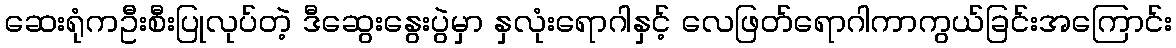
ဆေးရုံကဦးစီးပြုလုပ်တဲ့ ဒီဆွေးနွေးပွဲမှာ နှလုံးရောဂါနှင့် လေဖြတ်ရောဂါကာကွယ်ခြင်းအကြောင်း